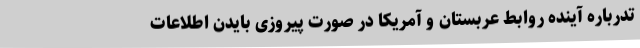
تدرباره آینده روابط عربستان و آمریکا در صورت پیروزی بایدن اطلاعات